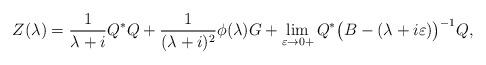
LaTeX: \begin{align*} Z(\lambda)=\frac{1}{\lambda+i}Q^*Q+\frac{1}{(\lambda+i)^2}\phi(\lambda)G+\lim_{\varepsilon\rightarrow 0+} Q^*\bigl(B-(\lambda+i\varepsilon)\bigr)^{-1}Q,\end{align*}